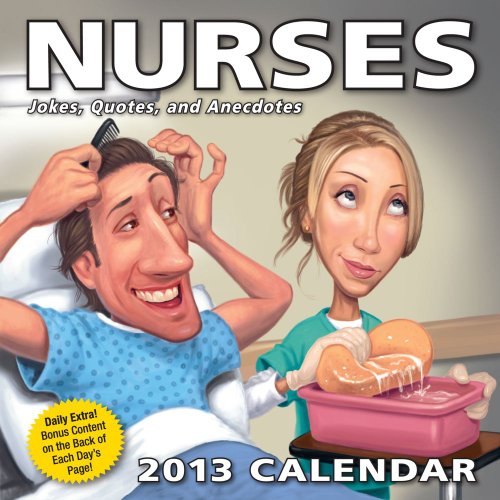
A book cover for Nurses 2013 Day-to-Day Calendar: Jokes, Quotes, and Anecdotes; LLC Andrews McMeel Publishing; Calendars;